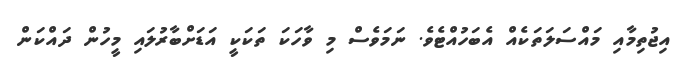
އިޖުތިމާއި މައްސަލަތަކެއް އެބަހުއްޓެވެ. ނަމަވެސް މި ވާހަކަ ތަކަކީ އަޑަށްބާރުލައި މީހުން ދައްކަން